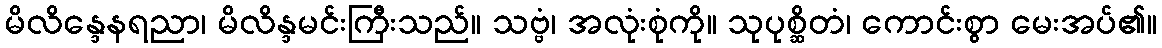
မိလိန္ဒေနရညာ၊ မိလိန္ဒမင်းကြီးသည်။ သဗ္ဗံ၊ အလုံးစုံကို။ သုပုစ္ဆိတံ၊ ကောင်းစွာ မေးအပ်၏။